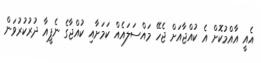
އެއީ އާއްމުކޮށް އެ ކުއްޖާއަށް ޖެހޭ މައްސަލައެއް ކަމަށާއި ކުއްޖާގެ ނެޕީއާ ދުރުކުރުވަން